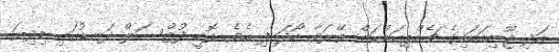
އަދި ޖޫނިއަބައިގެ ޗެމްޕިއަންކަން ތޭރަވާ ހޯދައިފި އެވެ. ޅޮހީ ފުޓްސަލް ދަނޑުގައި މިދިޔަ